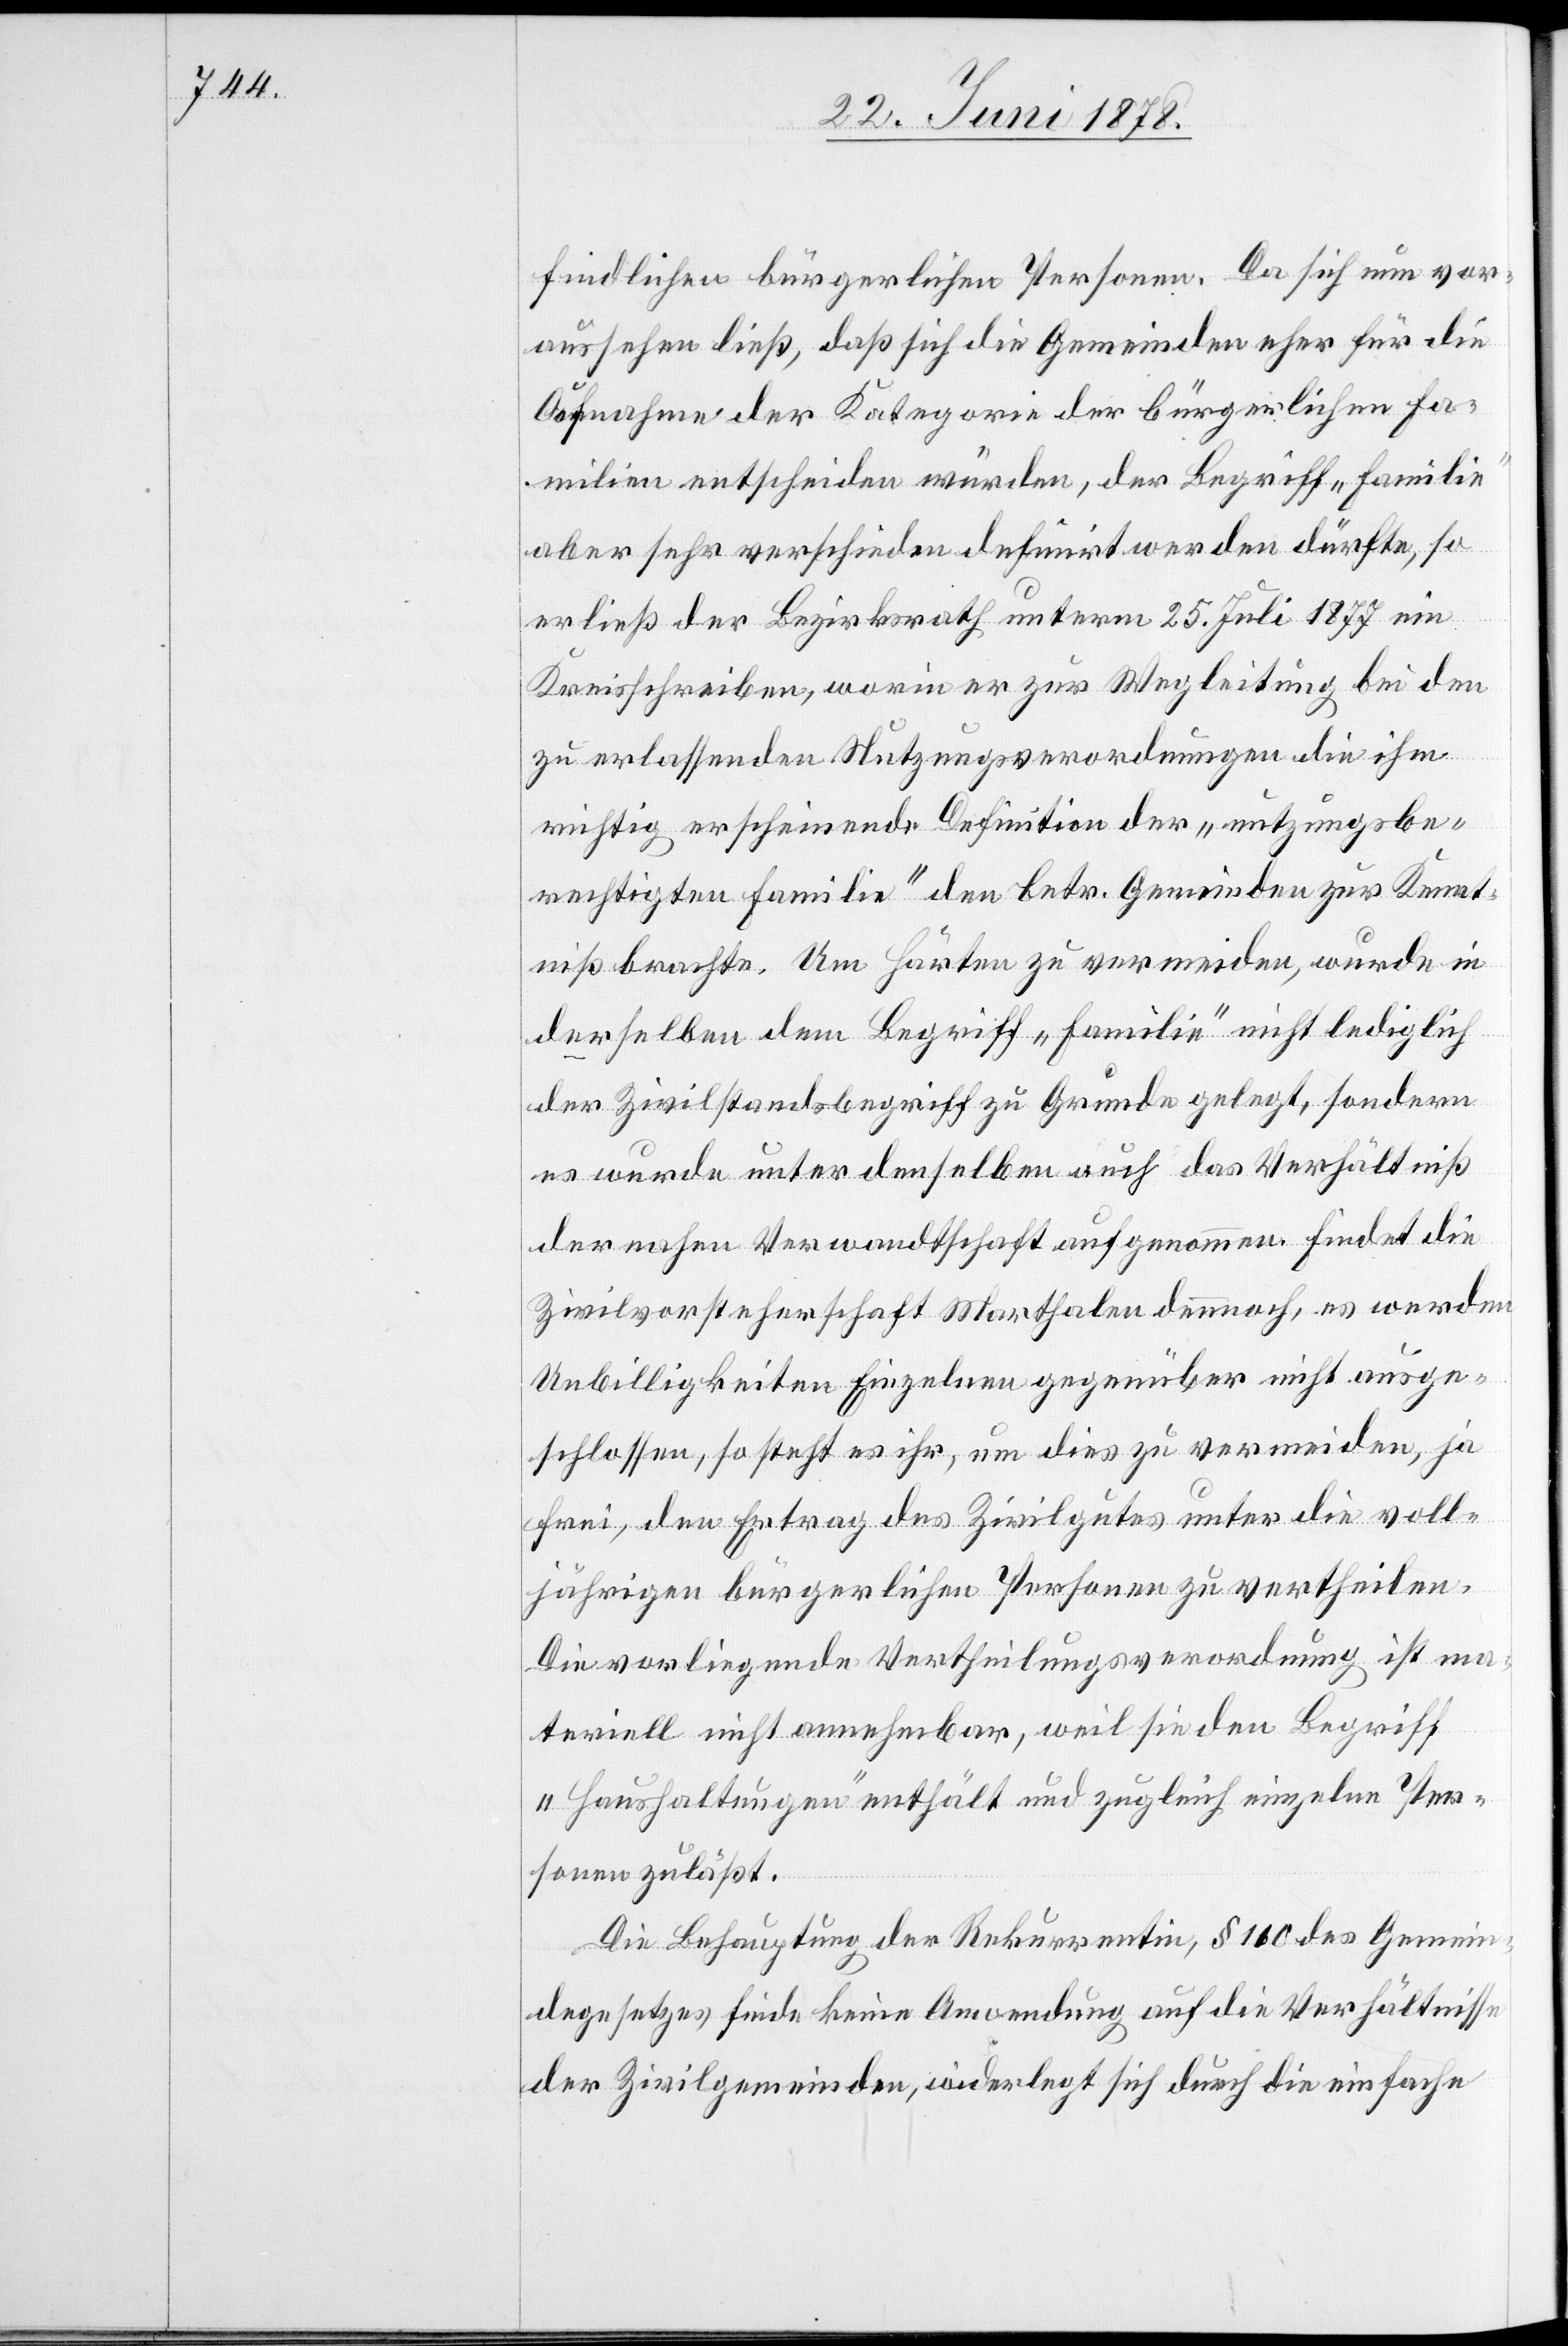
findlichen bürgerlichen Personen. Da sich nun vor¬
aussehen ließ, daß sich die Gemeinden eher für die
Aufnahme der Kategorie der bürgerlichen Fa¬
milien entscheiden würden, der Begriff „Familie“
aber sehr verschieden definirt werden dürfte, so
erließ der Bezirksrath unterm 25. Juli 1877 ein
Kreisschreiben, worin er zur Wegleitung bei den
zu erlassenden Nutzungsverordnungen die ihm
richtig erscheinende Definition der „nutzungsbe¬
rechtigten Familie“ den betr. Gemeinden zur Kennt¬
niß brachte. Um Härten zu vermeiden, wurde in
derselben dem Begriff „Familie“ nicht lediglich
der Zivilstandsbegriff zu Grunde gelegt, sondern
es wurde unter denselben auch das Verhältniß
der nahen Verwandtschaft aufgenommen. Findet die
Zivilvorsteherschaft Marthalen dennnoch, es werden
Unbilligkeiten Einzelnen gegenüber nicht ausge¬
schlossen, so steht es ihr, um dies zu vermeiden, ja
frei, den Ertrag des Zivilgutes unter die voll¬
jährigen bürgerlichen Personen zu vertheilen.
Die vorliegende Vertheilungsverordnung ist ma¬
teriell nicht annehmbar, weil sie den Begriff
„Haushaltungen“ enthält und zugleich einzelne Per¬
sonen zuläßt.
Die Behauptung der Rekurrentin, § 160 des Gemein¬
degesetzes finde keine Anwendung auf die Verhältnisse
der Zivilgemeinden, widerlegt sich durch die einfache